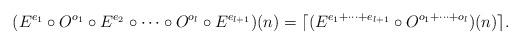
LaTeX: \begin{align*}(E^{e_1} \circ O^{o_1} \circ E^{e_2} \circ \dotsb \circ O^{o_l} \circ E^{e_{l+1}})(n) = \lceil(E^{e_1 + \dotsb + e_{l+1}} \circ O^{o_1 + \dotsb + o_{l}})(n)\rceil.\end{align*}